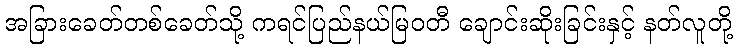
အခြားခေတ်တစ်ခေတ်သို့ ကရင်ပြည်နယ်မြဝတီ ချောင်းဆိုးခြင်းနှင့် နတ်လူတို့